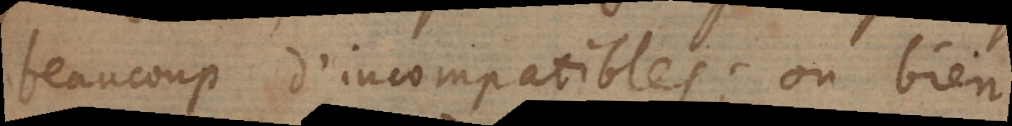
beaucoup d’incompatibles; ou bien